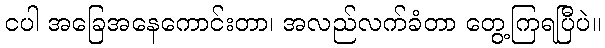
ငပါ အခြေအနေကောင်းတာ၊ အလည်လက်ခံတာ တွေ့ကြရပြီပဲ။